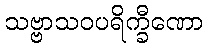
သဗ္ဗာသဝပရိက္ခီဏော